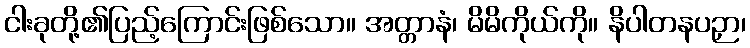
ငါးခုတို့၏ပြည့်ကြောင်းဖြစ်သော။ အတ္တာနံ၊ မိမိကိုယ်ကို။ နိပါတနပဉှာ၊